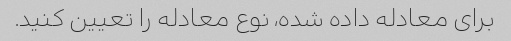
برای معادله داده شده، نوع معادله را تعیین کنید.